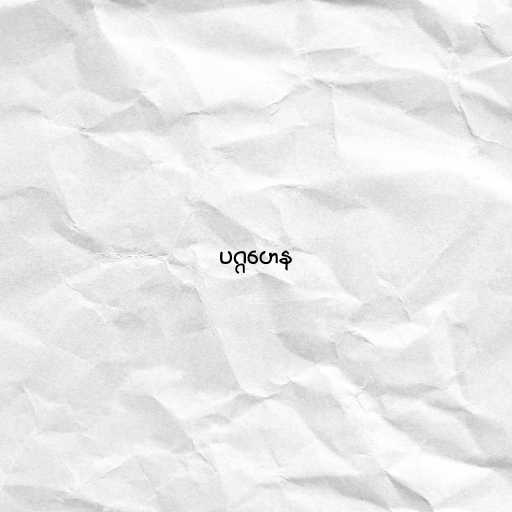
ပဂ္ဂဟေန